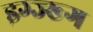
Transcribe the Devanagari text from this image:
झ्ग्ज्ख्ग